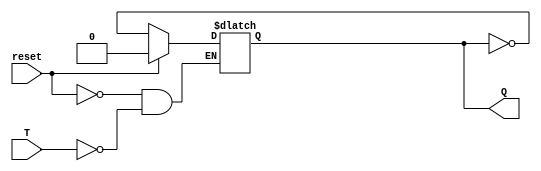
module TFlipFlop(
    input T,
    input reset,
    output reg Q
);

always @(T, reset)
begin
    if (reset)
        Q <= 0;
    else if (T)
        Q <= ~Q;
end

endmodule